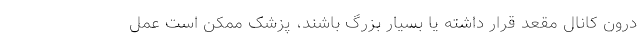
درون کانال مقعد قرار داشته یا بسیار بزرگ باشند، پزشک ممکن است عمل